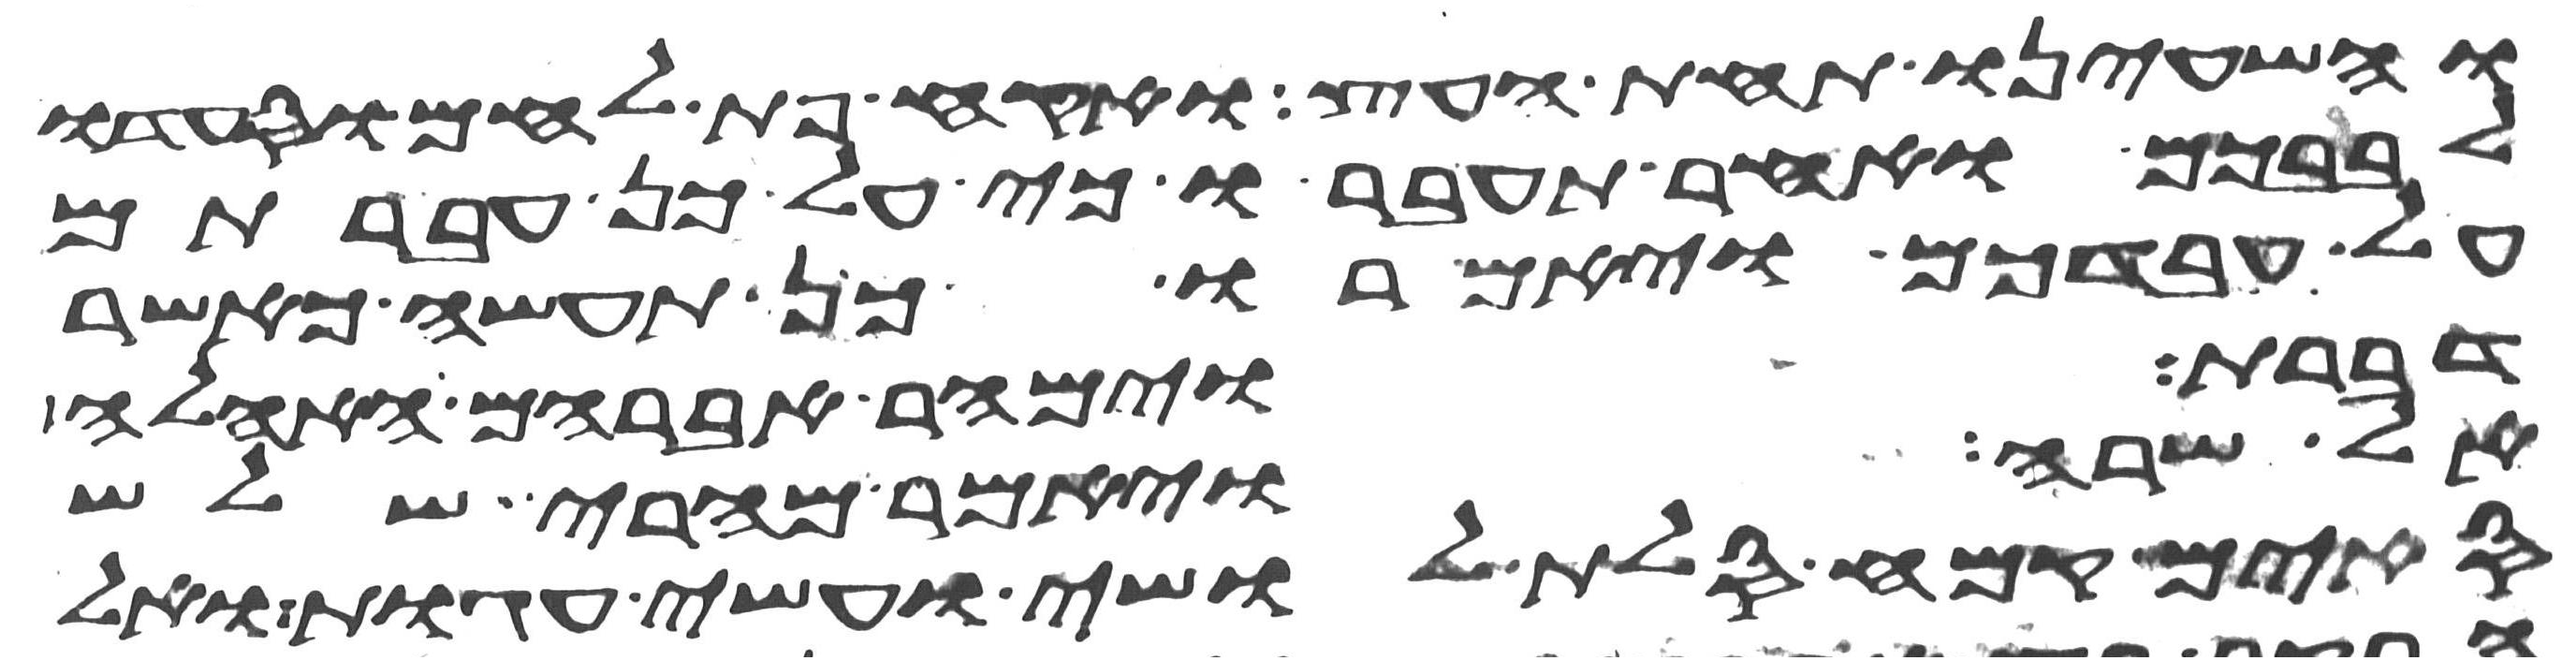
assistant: והשעינו תחת העץ ואקח פת לחם וסעדו
לבבכם ואחר תעברו כי על כן עברתם
על עבדכם ויאמרו כן תעשה כאשר
דברת וימהר אברהם האהלה
אל שרה ויאמר מהרי שלש
סים קמח סלת לושי ועשה עגות ואל